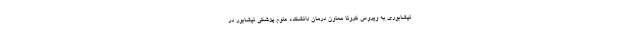
نیشابوری به ویروس کرونا معاون درمان دانشکده علوم پزشکی نیشابور در